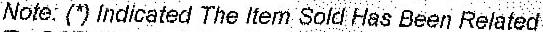
NOTE: (*) INDICATED THE ITEM SOLD HAS BEEN RELATED